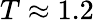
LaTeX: T\approx 1.2